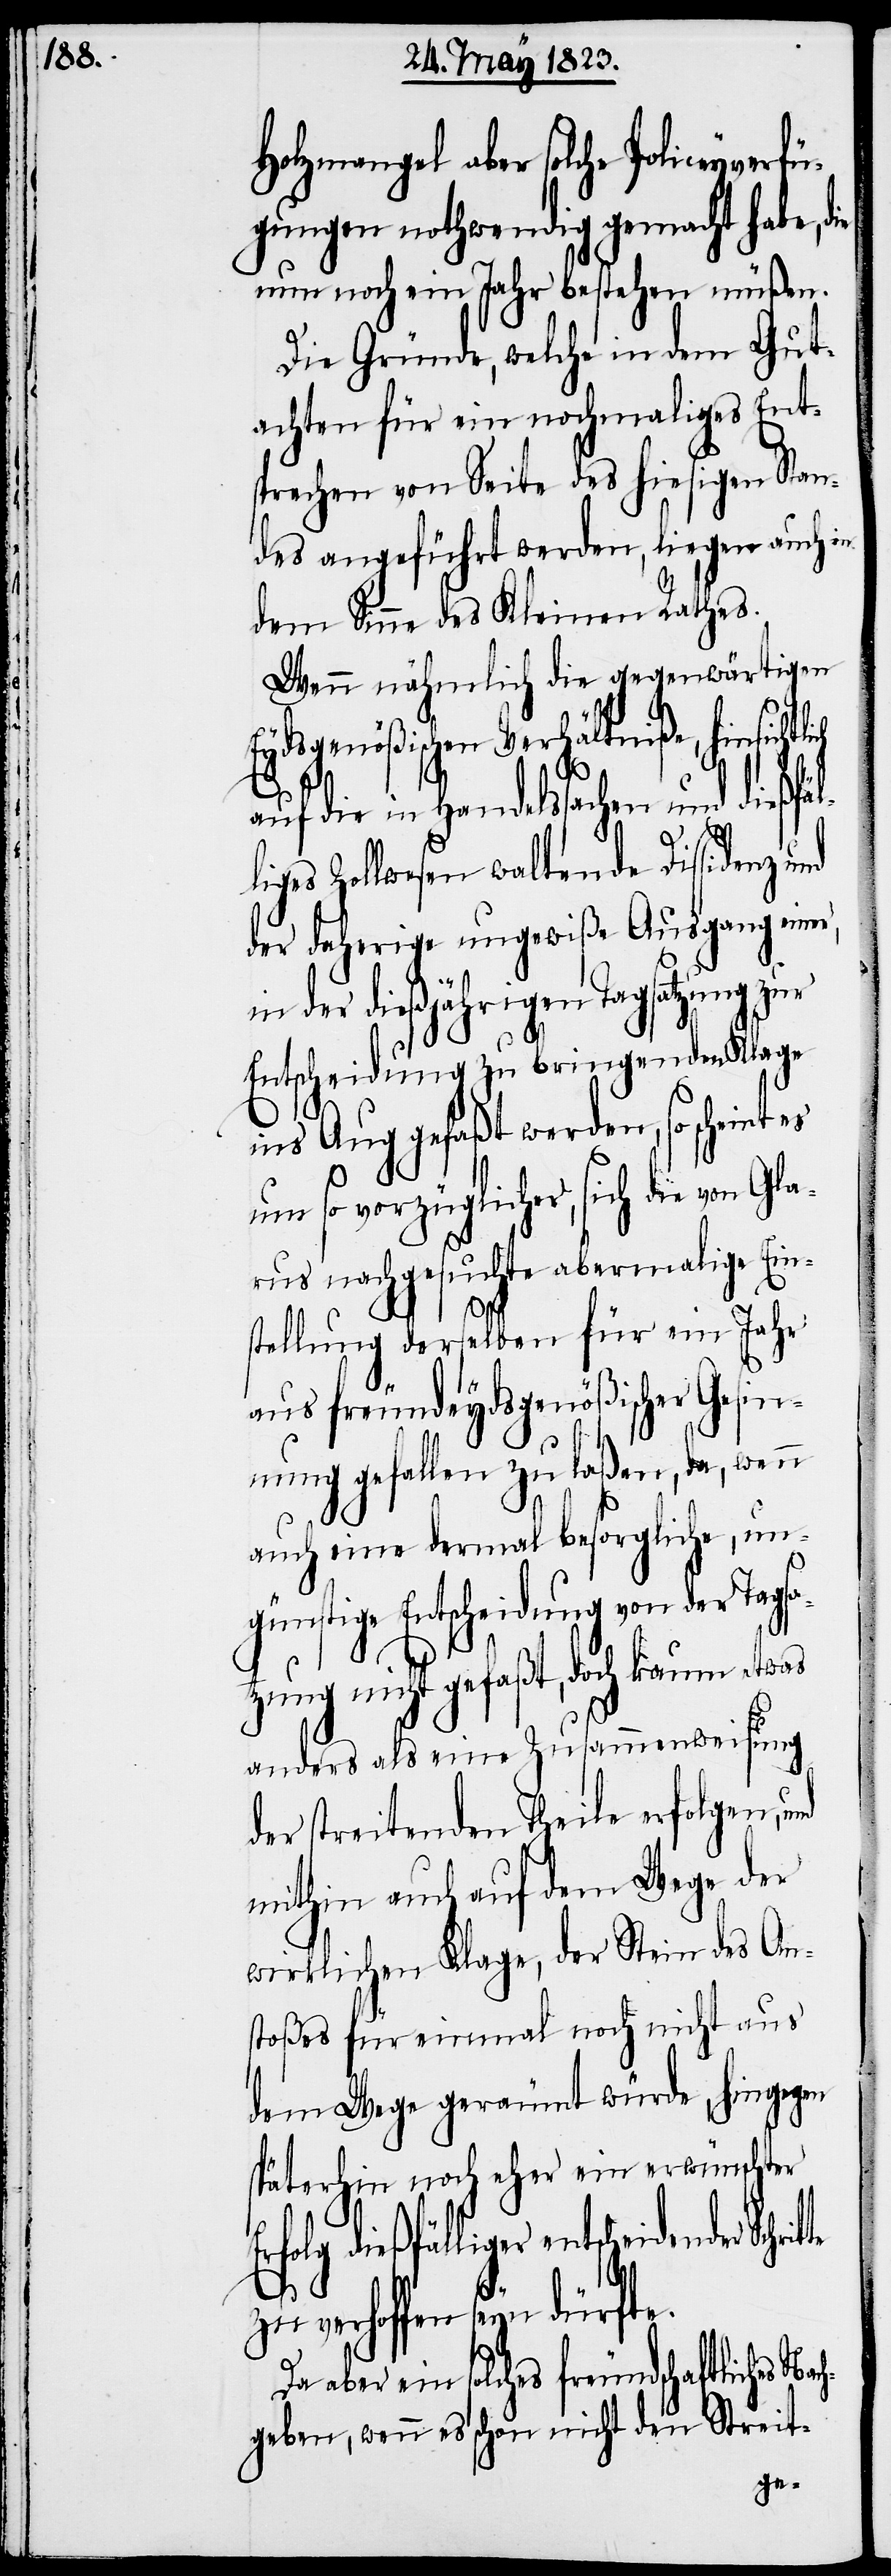
Holzmangel aber solche Policeyverf¬
ügungen nothwendig gemacht habe, die
nun noch ein Jahr bestehen müßen.
Die Gründe, welche in dem Gut¬
achten für ein nochmaliges Ent¬
sprechen von Seite des hiesigen Stan¬
des angeführt werden, liegen auch in
dem Sinne des Kleinen Rathes.
Wenn nähmlich die gegenwärtigen
Eydsgenößischen Verhältniße, hinsicht¬
auf die in Handelssachen und dießfäl¬
liges Zollwesen waltende Dissidenz und
der daherige ungewiße Ausgang einer,
in der dießjährigen Tagsatzung zur
Entscheidung zu bringenden Klage
ins Aug gefaßt werden, so scheint
um so vorzüglicher, sich die von Gla¬
rus nachgesuchte abermalige Ein¬
Nach¬
stellung derselben für ein Jahr
aus freundeydsgenößischer Gesin¬
nung gefallen zu laßen, da, wenn
auch eine dermal besorgliche, un¬
günstige Entscheidung von der Tag¬
zung nicht gefaßt, doch kaum etwas
anders als eine Zusammenweisung
der streitenden Theile erfolgen,
mithin auch auf dem Wege der
wirklichen Klage, der Stein des An¬
stoßes für einmal noch nicht aus
dem Wege geräumt würde, hingegen
späterhin noch eher ein erwünschter
scheidender Schritte
verhoffen seyn dürfte.
Da aber ein solches freundschaftliches
geben, wenn es schon nicht den Streit-